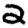
Digit: 2